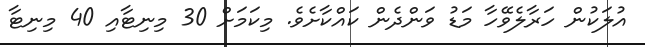
އުލަކުން ހަރާލެވޭހާ މަޑު ވަންދެން ކައްކާށެވެ. މިކަމަށް 30 މިނިޓާއި 40 މިނިޓާ